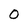
Character: 0